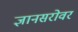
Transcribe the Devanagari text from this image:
ज्ञानसरोवर